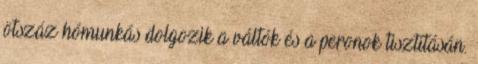
ötszáz hómunkás dolgozik a váltók és a peronok tisztításán.